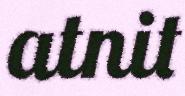
atnit